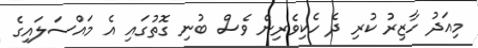
މިއަދު ހާޒިރު ކުރި ދެ ހެކިވެރިން ވެސް ބުނި ގޮތުގައި އެ މައްސަލައިގެ